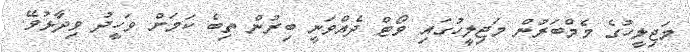
މަޖިލީހުގެ މެމްބަރުން މަޖިލީހުގައި ވޯޓް ދެއްވަނީ ބިރުން ތިބެ ކަމަށް ވަހީދު ވިދާޅުވޭ.